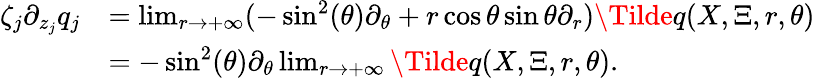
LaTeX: \begin{array}{rl}{\zeta_{j}\partial_{z_{j}}q_{j}}&{=\operatorname*{lim}_{r\rightarrow+\infty}(-\sin^{2}(\theta)\partial_{\theta}+r\cos\theta\sin\theta\partial_{r})\Tilde{q}(X,\Xi,r,\theta)}\\ &{=-\sin^{2}(\theta)\partial_{\theta}\operatorname*{lim}_{r\rightarrow+\infty}\Tilde{q}(X,\Xi,r,\theta).}\end{array}